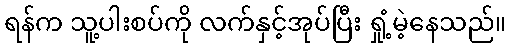
ရန်က သူ့ပါးစပ်ကို လက်နှင့်အုပ်ပြီး ရှုံ့မဲ့နေသည်။